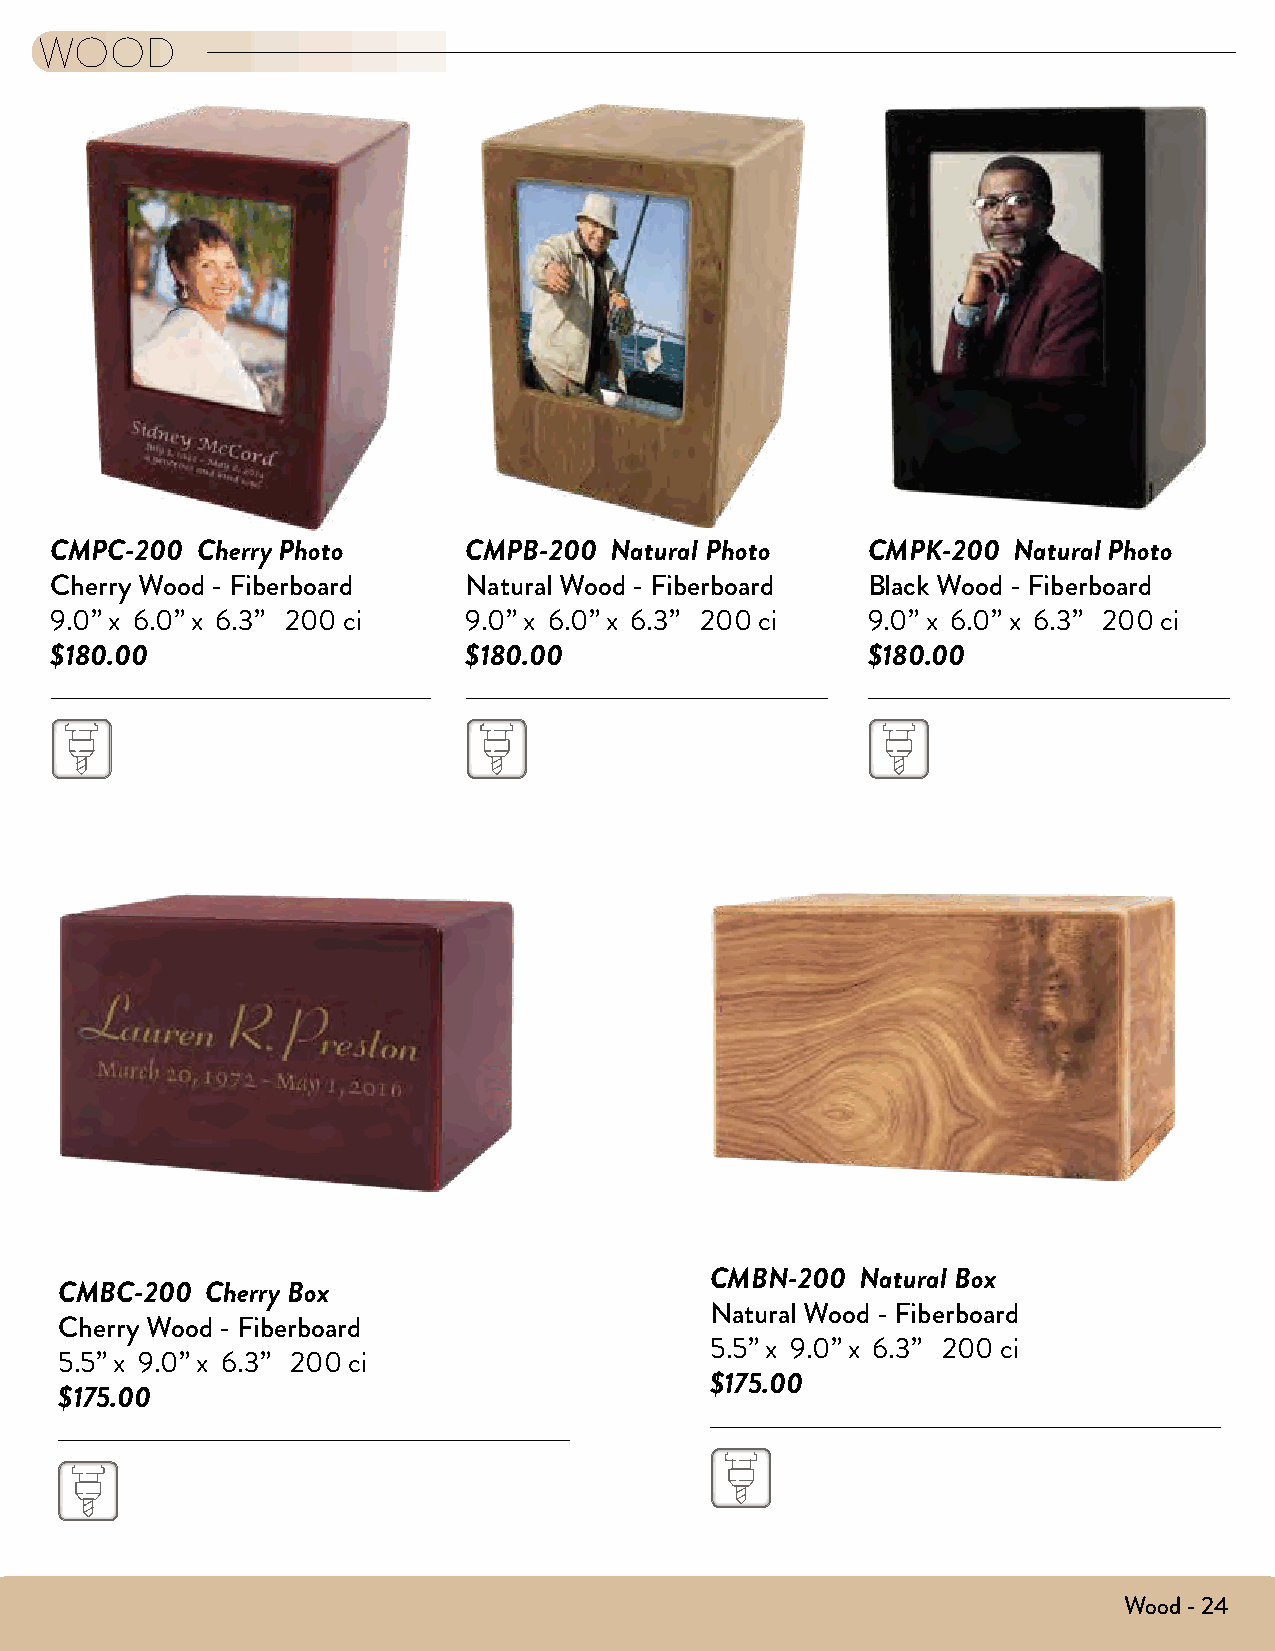
WOOD
 CMPC-200  Cherry Photo      CMPB-200 Natural Photo    CMPK-200  Natural Photo
 Cherry Wood - Fiberboard    Natural Wood - Fiberboard Black Wood - Fiberboard
 9.0” x 6.0” x 6.3” 200 ci   9.0” x 6.0” x 6.3” 200 ci 9.0” x 6.0” x 6.3” 200 ci
 $180.00                     $180.00                   $180.00
 CMBN-200  Natural Box
 CMBC-200  Cherry Box
 Natural Wood - Fiberboard
 Cherry Wood - Fiberboard
 5.5” x 9.0” x 6.3” 200 ci
 5.5” x 9.0” x 6.3” 200 ci
 $175.00
 $175.00
 Wood - 24